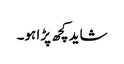
شاید کچھ پڑا ہو۔